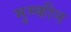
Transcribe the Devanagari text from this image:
मुम्कीन